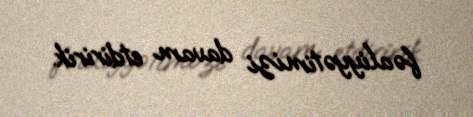
fəaliyyətimizi davam etdiririk.